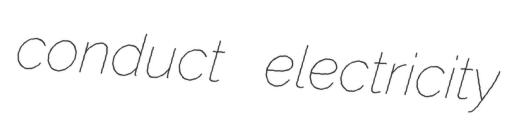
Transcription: conduct electricity